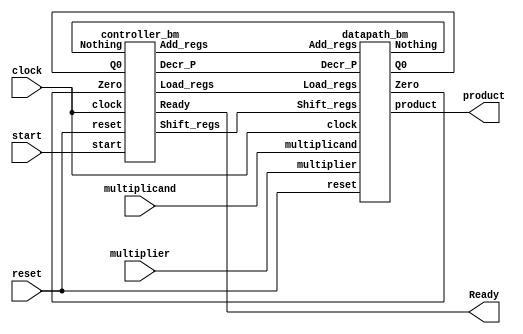
module binary_multiplier(
	input clock, reset, start,
	input [7:0] multiplicand, multiplier,
	output [15:0] product,
	output Ready
);
wire Load_regs, Decr_P, Add_regs, Shift_regs, Nothing, Zero, Q0;
controller_bm m0(clock, reset, start, Nothing, Zero, Q0, Ready, Load_regs, Decr_P, Add_regs, Shift_regs);
datapath_bm m1(clock, reset, multiplicand, multiplier, Load_regs, Decr_P, Add_regs, Shift_regs,
	product, Nothing, Zero, Q0);
endmodule

module controller_bm(
	input clock, reset, start, Nothing, Zero, Q0,
	output reg Ready, Load_regs, Decr_P, Add_regs, Shift_regs
);
parameter S_idle = 2'b00;
parameter S_add = 2'b01;
parameter S_shift = 2'b10;

reg [1:0] state, next_state;

always @(posedge clock, posedge reset)
	if (reset)
		state <= S_idle;
	else
		state <= next_state;

always @(*)
begin
	Load_regs = 0;
	Decr_P = 0;
	Add_regs = 0;
	Shift_regs = 0;
	Ready = 0;
	case (state)
		S_idle: begin
			if (start) begin
				next_state = S_add;
				Load_regs = 1;
			end else
				next_state = S_idle;
			Ready = 1;
		end
		S_add: begin
			next_state = S_shift;
			Decr_P = 1;
			if (Q0) Add_regs = 1;
		end
		S_shift: begin
			next_state = (Zero | Nothing) ? S_idle : S_add;
			Shift_regs = 1;
		end
		default: next_state = S_idle;
	endcase
end
endmodule


module datapath_bm(
	input clock, reset,
	input [7:0] multiplicand, multiplier,
	input Load_regs, Decr_P, Add_regs, Shift_regs,
	output [15:0] product,
	output reg Nothing,
	output Zero, Q0
);
parameter m_size = 8;

reg [7:0] A, B, Q;
reg C;
reg [3:0] P;
wire [7:0] M;

always @(posedge clock, posedge reset)
begin
	if (reset) begin
		A <= 0;
		C <= 0;
		B <= 0;
		Q <= 0;
		P <= m_size;
	end else begin
		if (Load_regs) begin
			A = 0;
			C = 0;
			B = multiplicand;
			Q = multiplier;
			P = m_size;
		end else begin
			if (Add_regs) {C, A} = A + B;
			if (Shift_regs) {C, A, Q} = {C, A, Q} >> 1;
			if (Decr_P) P = P-1;
		end
	end
end


always @(*)
begin
	if (Load_regs) begin
		Nothing = ~|{multiplicand, multiplier};
	end else begin
		Nothing = M == 0 || B == 0;
	end
end
assign product = {A, Q} >> P;
assign M = Q << (m_size - P - 1);
assign Zero = P == 4'b0;
assign Q0 = Q[0];

endmodule